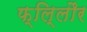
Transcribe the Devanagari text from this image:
फ्लि्लौर